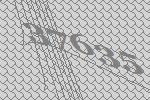
37635